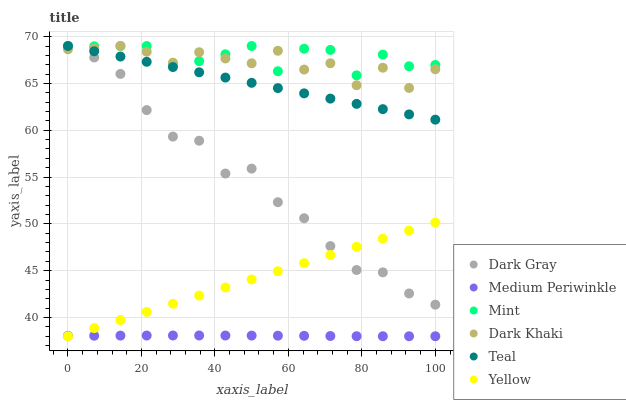
| xaxis_label | Dark Gray | Medium Periwinkle | Mint | Dark Khaki | Teal | Yellow |
 | --- | --- | --- | --- | --- | --- | --- |
 | 0 | 69 | 38 | 69 | 68.7 | 69 | 38 |
 | 7.14 | 67.8 | 38.1 | 69 | 68.8 | 68.4 | 38.9 |
 | 14.3 | 66 | 38.1 | 69 | 69 | 67.9 | 39.7 |
 | 21.4 | 62.2 | 38.1 | 69 | 68.4 | 67.3 | 40.6 |
 | 28.6 | 59.3 | 38.1 | 67 | 67.2 | 66.8 | 41.5 |
 | 35.7 | 58.9 | 38.1 | 67.4 | 68.3 | 66.2 | 42.3 |
 | 42.9 | 55.4 | 38.1 | 68.1 | 67.7 | 65.6 | 43.2 |
 | 50 | 55.9 | 38.1 | 69 | 67.2 | 65.1 | 44.1 |
 | 57.1 | 52.3 | 38.1 | 66.3 | 68.5 | 64.5 | 44.9 |
 | 64.3 | 50.6 | 38 | 68.7 | 66.5 | 63.9 | 45.8 |
 | 71.4 | 47.6 | 38 | 68.6 | 67.2 | 63.4 | 46.7 |
 | 78.6 | 45.1 | 38 | 65.9 | 64.8 | 62.8 | 47.5 |
 | 85.7 | 44.8 | 38 | 68.1 | 66.7 | 62.3 | 48.4 |
 | 92.9 | 42.6 | 38 | 66.8 | 64.5 | 61.7 | 49.3 |
 | 100 | 41.4 | 38 | 67 | 66.5 | 61.1 | 50.2 |